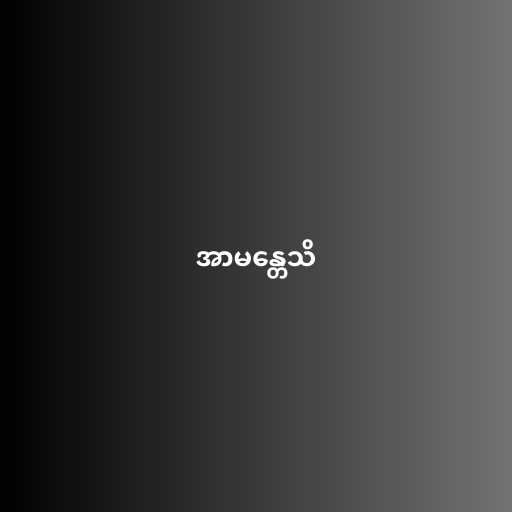
အာမန္တေသိ